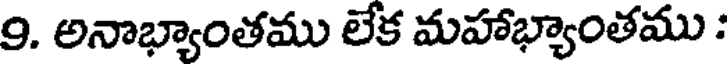
9. అనాభ్యాంతము లేక మహాభ్యాంతము :